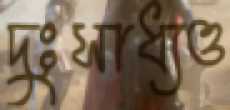
দুঃসাধ্যও